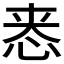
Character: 𫺁